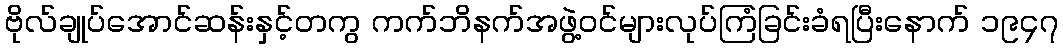
ဗိုလ်ချုပ်အောင်ဆန်းနှင့်တကွ ကက်ဘိနက်အဖွဲ့ဝင်များလုပ်ကြံခြင်းခံရပြီးနောက် ၁၉၄၇